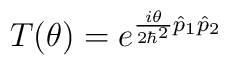
T(\theta)=e^{\frac{i\theta}{2\hbar^2}\hat{p}_1\hat{p}_2}